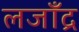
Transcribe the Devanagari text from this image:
लजाँद्र